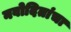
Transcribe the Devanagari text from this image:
नवोदितांचा